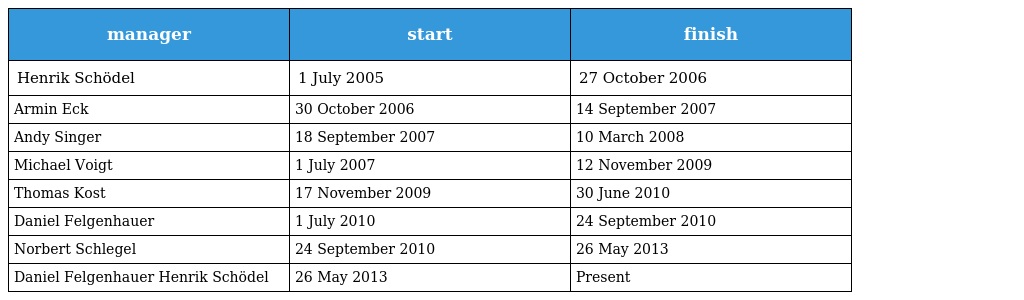
| manager | start | finish |
 | --- | --- | --- |
 | Henrik Schödel | 1 July 2005 | 27 October 2006 |
 | Armin Eck | 30 October 2006 | 14 September 2007 |
 | Andy Singer | 18 September 2007 | 10 March 2008 |
 | Michael Voigt | 1 July 2007 | 12 November 2009 |
 | Thomas Kost | 17 November 2009 | 30 June 2010 |
 | Daniel Felgenhauer | 1 July 2010 | 24 September 2010 |
 | Norbert Schlegel | 24 September 2010 | 26 May 2013 |
 | Daniel Felgenhauer Henrik Schödel | 26 May 2013 | Present |